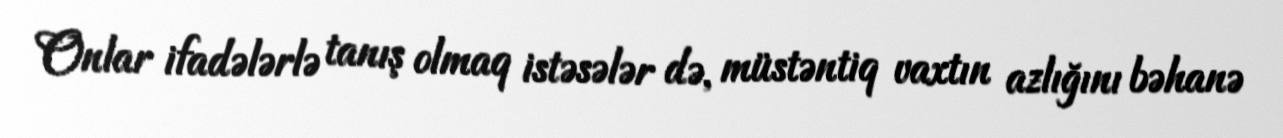
Onlar ifadələrlə tanış olmaq istəsələr də, müstəntiq vaxtın azlığını bəhanə